Subject: cs
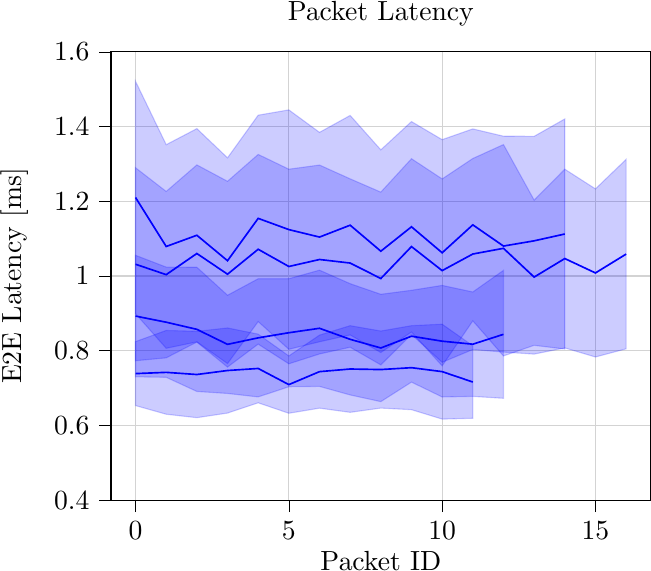
LaTeX code:
\begin{tikzpicture}

\definecolor{lightgray}{RGB}{211,211,211}

\begin{axis}[
tick align=outside,
tick pos=left,
title={Packet Latency},
x grid style={lightgray},
xlabel={Packet ID},
xmajorgrids,
xmin=-0.8, xmax=16.8,
xtick style={color=black},
y grid style={lightgray},
ylabel={E2E Latency [ms]},
ymajorgrids,
ymin=0.4, ymax=1.6,
ytick style={color=black}
]
\path [draw=blue, fill=blue, opacity=0.2]
(axis cs:0,0.824419770940361)
--(axis cs:0,0.653258800488209)
--(axis cs:1,0.630087916746141)
--(axis cs:2,0.620852259468586)
--(axis cs:3,0.63317252053847)
--(axis cs:4,0.660671578449546)
--(axis cs:5,0.6326970752406)
--(axis cs:6,0.646366983706118)
--(axis cs:7,0.635158237247195)
--(axis cs:8,0.64656343268136)
--(axis cs:9,0.642279879552958)
--(axis cs:10,0.617074568877727)
--(axis cs:11,0.619297569095922)
--(axis cs:11,0.813291716618364)
--(axis cs:11,0.813291716618364)
--(axis cs:10,0.871095073979416)
--(axis cs:9,0.867095120447042)
--(axis cs:8,0.852766924461498)
--(axis cs:7,0.867073905609948)
--(axis cs:6,0.841802659151025)
--(axis cs:5,0.7860529247594)
--(axis cs:4,0.844462350121883)
--(axis cs:3,0.861023908032958)
--(axis cs:2,0.851915597674271)
--(axis cs:1,0.854287083253858)
--(axis cs:0,0.824419770940361)
--cycle;

\path [draw=blue, fill=blue, opacity=0.2]
(axis cs:0,1.05545196082479)
--(axis cs:0,0.730262324889497)
--(axis cs:1,0.728923050670039)
--(axis cs:2,0.691069963130474)
--(axis cs:3,0.685720015764263)
--(axis cs:4,0.676381218320509)
--(axis cs:5,0.703703764241535)
--(axis cs:6,0.704559632680691)
--(axis cs:7,0.681676908361823)
--(axis cs:8,0.663790641720294)
--(axis cs:9,0.716043085024075)
--(axis cs:10,0.676305833284016)
--(axis cs:11,0.677854086810872)
--(axis cs:12,0.672787744837976)
--(axis cs:12,1.01515868373345)
--(axis cs:12,1.01515868373345)
--(axis cs:11,0.957264960808175)
--(axis cs:10,0.97488464290646)
--(axis cs:9,0.961784295928306)
--(axis cs:8,0.951090310660658)
--(axis cs:7,0.979483805923891)
--(axis cs:6,1.0156784625574)
--(axis cs:5,0.992724807187037)
--(axis cs:4,0.99266640072711)
--(axis cs:3,0.948506174711928)
--(axis cs:2,1.02351337020286)
--(axis cs:1,1.02390433028234)
--(axis cs:0,1.05545196082479)
--cycle;

\path [draw=blue, fill=blue, opacity=0.2]
(axis cs:0,1.28985925588561)
--(axis cs:0,0.773310386971538)
--(axis cs:1,0.781000661665029)
--(axis cs:2,0.82323667912036)
--(axis cs:3,0.756249599256543)
--(axis cs:4,0.817783534044262)
--(axis cs:5,0.765038806945473)
--(axis cs:6,0.791429565169134)
--(axis cs:7,0.809425199790634)
--(axis cs:8,0.762142133639655)
--(axis cs:9,0.843586832513702)
--(axis cs:10,0.769069519698416)
--(axis cs:11,0.803306206664948)
--(axis cs:12,0.796444100885525)
--(axis cs:13,0.791066366571201)
--(axis cs:14,0.807569339959073)
--(axis cs:15,0.78329425146174)
--(axis cs:16,0.805172935124157)
--(axis cs:16,1.31223777916156)
--(axis cs:16,1.31223777916156)
--(axis cs:15,1.23322360568112)
--(axis cs:14,1.28595744575521)
--(axis cs:13,1.20324166914308)
--(axis cs:12,1.35188179197162)
--(axis cs:11,1.31455093619219)
--(axis cs:10,1.25994833744444)
--(axis cs:9,1.31400245320058)
--(axis cs:8,1.22457661636034)
--(axis cs:7,1.26010605020937)
--(axis cs:6,1.29707489911658)
--(axis cs:5,1.28596565734024)
--(axis cs:4,1.32552003738431)
--(axis cs:3,1.25357182931489)
--(axis cs:2,1.29741064230821)
--(axis cs:1,1.22636540976354)
--(axis cs:0,1.28985925588561)
--cycle;

\path [draw=blue, fill=blue, opacity=0.2]
(axis cs:0,1.52118210238203)
--(axis cs:0,0.899264326189399)
--(axis cs:1,0.806607984072364)
--(axis cs:2,0.823699439040376)
--(axis cs:3,0.765616995090415)
--(axis cs:4,0.878167135045565)
--(axis cs:5,0.803874302852646)
--(axis cs:6,0.824043671261169)
--(axis cs:7,0.842332772689735)
--(axis cs:8,0.79526920194337)
--(axis cs:9,0.850167701088506)
--(axis cs:10,0.759532129659434)
--(axis cs:11,0.880140419831976)
--(axis cs:12,0.786146610815554)
--(axis cs:13,0.814520775390564)
--(axis cs:14,0.804612483889764)
--(axis cs:14,1.42038751611024)
--(axis cs:14,1.42038751611024)
--(axis cs:13,1.37387208175229)
--(axis cs:12,1.37429981775587)
--(axis cs:11,1.3937881515966)
--(axis cs:10,1.36502144176914)
--(axis cs:9,1.41340372748292)
--(axis cs:8,1.33767722662806)
--(axis cs:7,1.42981008445312)
--(axis cs:6,1.38452775731026)
--(axis cs:5,1.44469712571878)
--(axis cs:4,1.43049357924015)
--(axis cs:3,1.31634729062387)
--(axis cs:2,1.39451484667391)
--(axis cs:1,1.35151701592764)
--(axis cs:0,1.52118210238203)
--cycle;

\addplot [semithick, blue]
table {%
0 0.738839285714285
1 0.7421875
2 0.736383928571429
3 0.747098214285714
4 0.752566964285714
5 0.709375
6 0.744084821428571
7 0.751116071428572
8 0.749665178571429
9 0.7546875
10 0.744084821428571
11 0.716294642857143
};
\addplot [semithick, blue]
table {%
0 0.892857142857143
1 0.87641369047619
2 0.857291666666667
3 0.817113095238095
4 0.83452380952381
5 0.848214285714286
6 0.860119047619048
7 0.830580357142857
8 0.807440476190476
9 0.838913690476191
10 0.825595238095238
11 0.817559523809524
12 0.843973214285715
};
\addplot [semithick, blue]
table {%
0 1.03158482142857
1 1.00368303571429
2 1.06032366071429
3 1.00491071428571
4 1.07165178571429
5 1.02550223214286
6 1.04425223214286
7 1.034765625
8 0.993359375
9 1.07879464285714
10 1.01450892857143
11 1.05892857142857
12 1.07416294642857
13 0.997154017857143
14 1.04676339285714
15 1.00825892857143
16 1.05870535714286
};
\addplot [semithick, blue]
table {%
0 1.21022321428571
1 1.0790625
2 1.10910714285714
3 1.04098214285714
4 1.15433035714286
5 1.12428571428571
6 1.10428571428571
7 1.13607142857143
8 1.06647321428571
9 1.13178571428571
10 1.06227678571429
11 1.13696428571429
12 1.08022321428571
13 1.09419642857143
14 1.1125
};
\end{axis}

\end{tikzpicture}